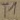
Text: T1